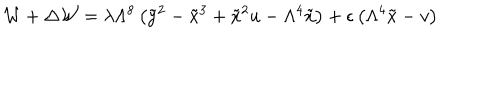
{ \cal W } + \Delta { \cal W } = \lambda \Lambda ^ { 8 } \left( \tilde { y } ^ { 2 } - \tilde { x } ^ { 3 } + \tilde { x } ^ { 2 } u - \Lambda ^ { 4 } \tilde { x } \right) + \epsilon \left( \Lambda ^ { 4 } \tilde { x } - v \right)